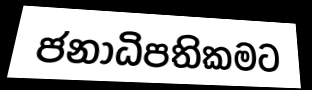
ජනාධිපතිකමට